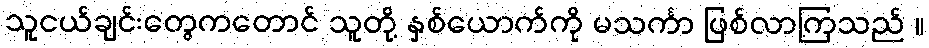
သူငယ်ချင်းတွေကတောင် သူတို့ နှစ်ယောက်ကို မသင်္ကာ ဖြစ်လာကြသည် ။